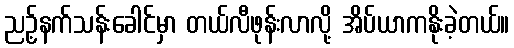
ညဥ့်နက်သန်းခေါင်မှာ တယ်လီဖုန်းလာလို့ အိပ်ယာကနိုးခဲ့တယ်။